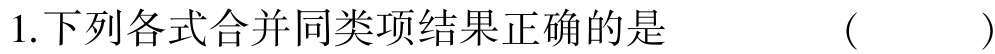
1.下列各式合并同类项结果正确的是  （  ）